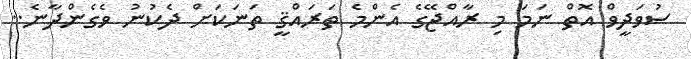
ސުވަދީވް އޮތް ނަމަ މި ރާއްޖޭގެ އެންމެ ތަރައްޤީ ތަނަކަށް ދެކުނު ވެގެންދާނެ..